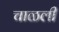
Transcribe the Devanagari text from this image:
चाळली